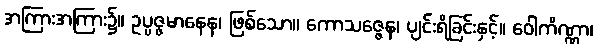
အကြားအကြား၌။ ဥပ္ပဇ္ဇမာနေန၊ ဖြစ်သော။ ကောသဇ္ဇေန၊ ပျင်းရိခြင်းနှင့်။ ဝေါကိဏ္ဏာ၊